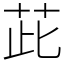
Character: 茈